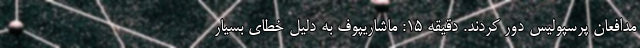
مدافعان پرسپولیس دور کردند. دقیقه 15: ماشاریپوف به دلیل خطای بسیار